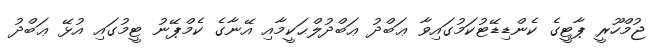
ޖުމްހޫރީ ޕާޓީގެ ކެންޑިޑޭޓުކަމުގައިވާ ޢަބްދު ޢަބްދުލްޙަކީމާއި އޭނާގެ ކެމްޕޭނު ޓީމުގައި އުޅޭ ޢަބްދު